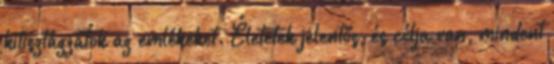
kitisztázzátok az emlékeket. Életetek jelentős, és célja van, mindent